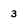
Character: 3